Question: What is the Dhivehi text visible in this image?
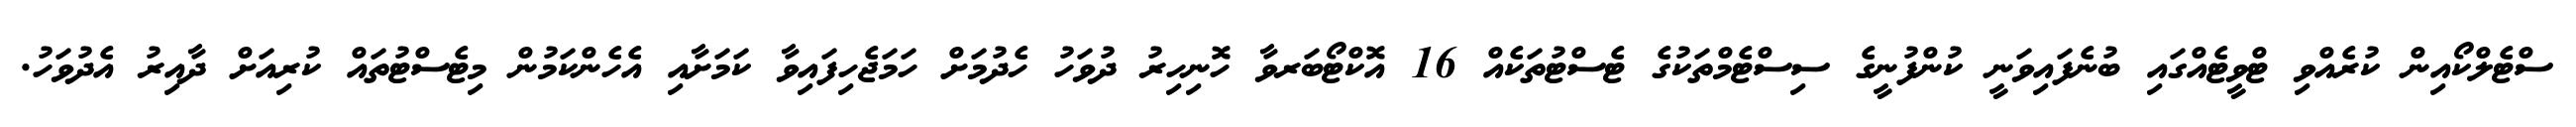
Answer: ސްޓެލްކޯއިން ކުރެއްވި ޓްވީޓެއްގައި ބުނެފައިވަނީ ކުންފުނީގެ ސިސްޓެމްތަކުގެ ޓެސްޓުތަކެއް 16 އޮކްޓޯބަރވާ ހޮނިހިރު ދުވަހު ހެދުމަށް ހަމަޖެހިފައިވާ ކަމަށާއި އެހެންކަމުން މިޓެސްޓުތައް ކުރިއަށް ދާއިރު އެދުވަހު.